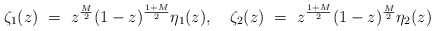
\begin{align*}\zeta_1(z)~=~z^{\frac{M}{2}}(1-z)^{\frac{1+M}{2}}\eta_1(z),~~~\zeta_2(z)~=~z^{\frac{1+M}{2}}(1-z)^{\frac{M}{2}}\eta_2(z)\end{align*}